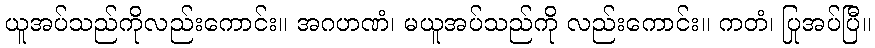
ယူအပ်သည်ကိုလည်းကောင်း။ အဂဟဏံ၊ မယူအပ်သည်ကို လည်းကောင်း။ ကတံ၊ ပြုအပ်ပြီ။